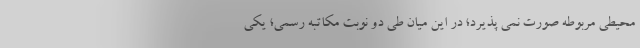
محيطي مربوطه صورت نمی پذیرد؛ در این میان طي دو نوبت مكاتبه رسمي؛ يكي